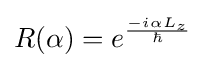
R(\alpha )={{e}^{\frac {-i\alpha {{L}_{z}}}{\hbar }}}